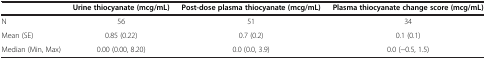
<table><thead><tr><td><b> </b></td><td><b>Urine thiocyanate (mcg/mL)</b></td><td><b>Post-dose plasma thiocyanate (mcg/mL)</b></td><td><b>Plasma thiocyanate change score (mcg/mL)</b></td></tr></thead><tbody><tr><td>N</td><td>56</td><td>51</td><td>34</td></tr><tr><td>Mean (SE)</td><td>0.85 (0.22)</td><td>0.7 (0.2)</td><td>0.1 (0.1)</td></tr><tr><td>Median (Min, Max)</td><td>0.00 (0.00, 8.20)</td><td>0.0 (0.0, 3.9)</td><td>0.0 (−0.5, 1.5)</td></tr></tbody></table>